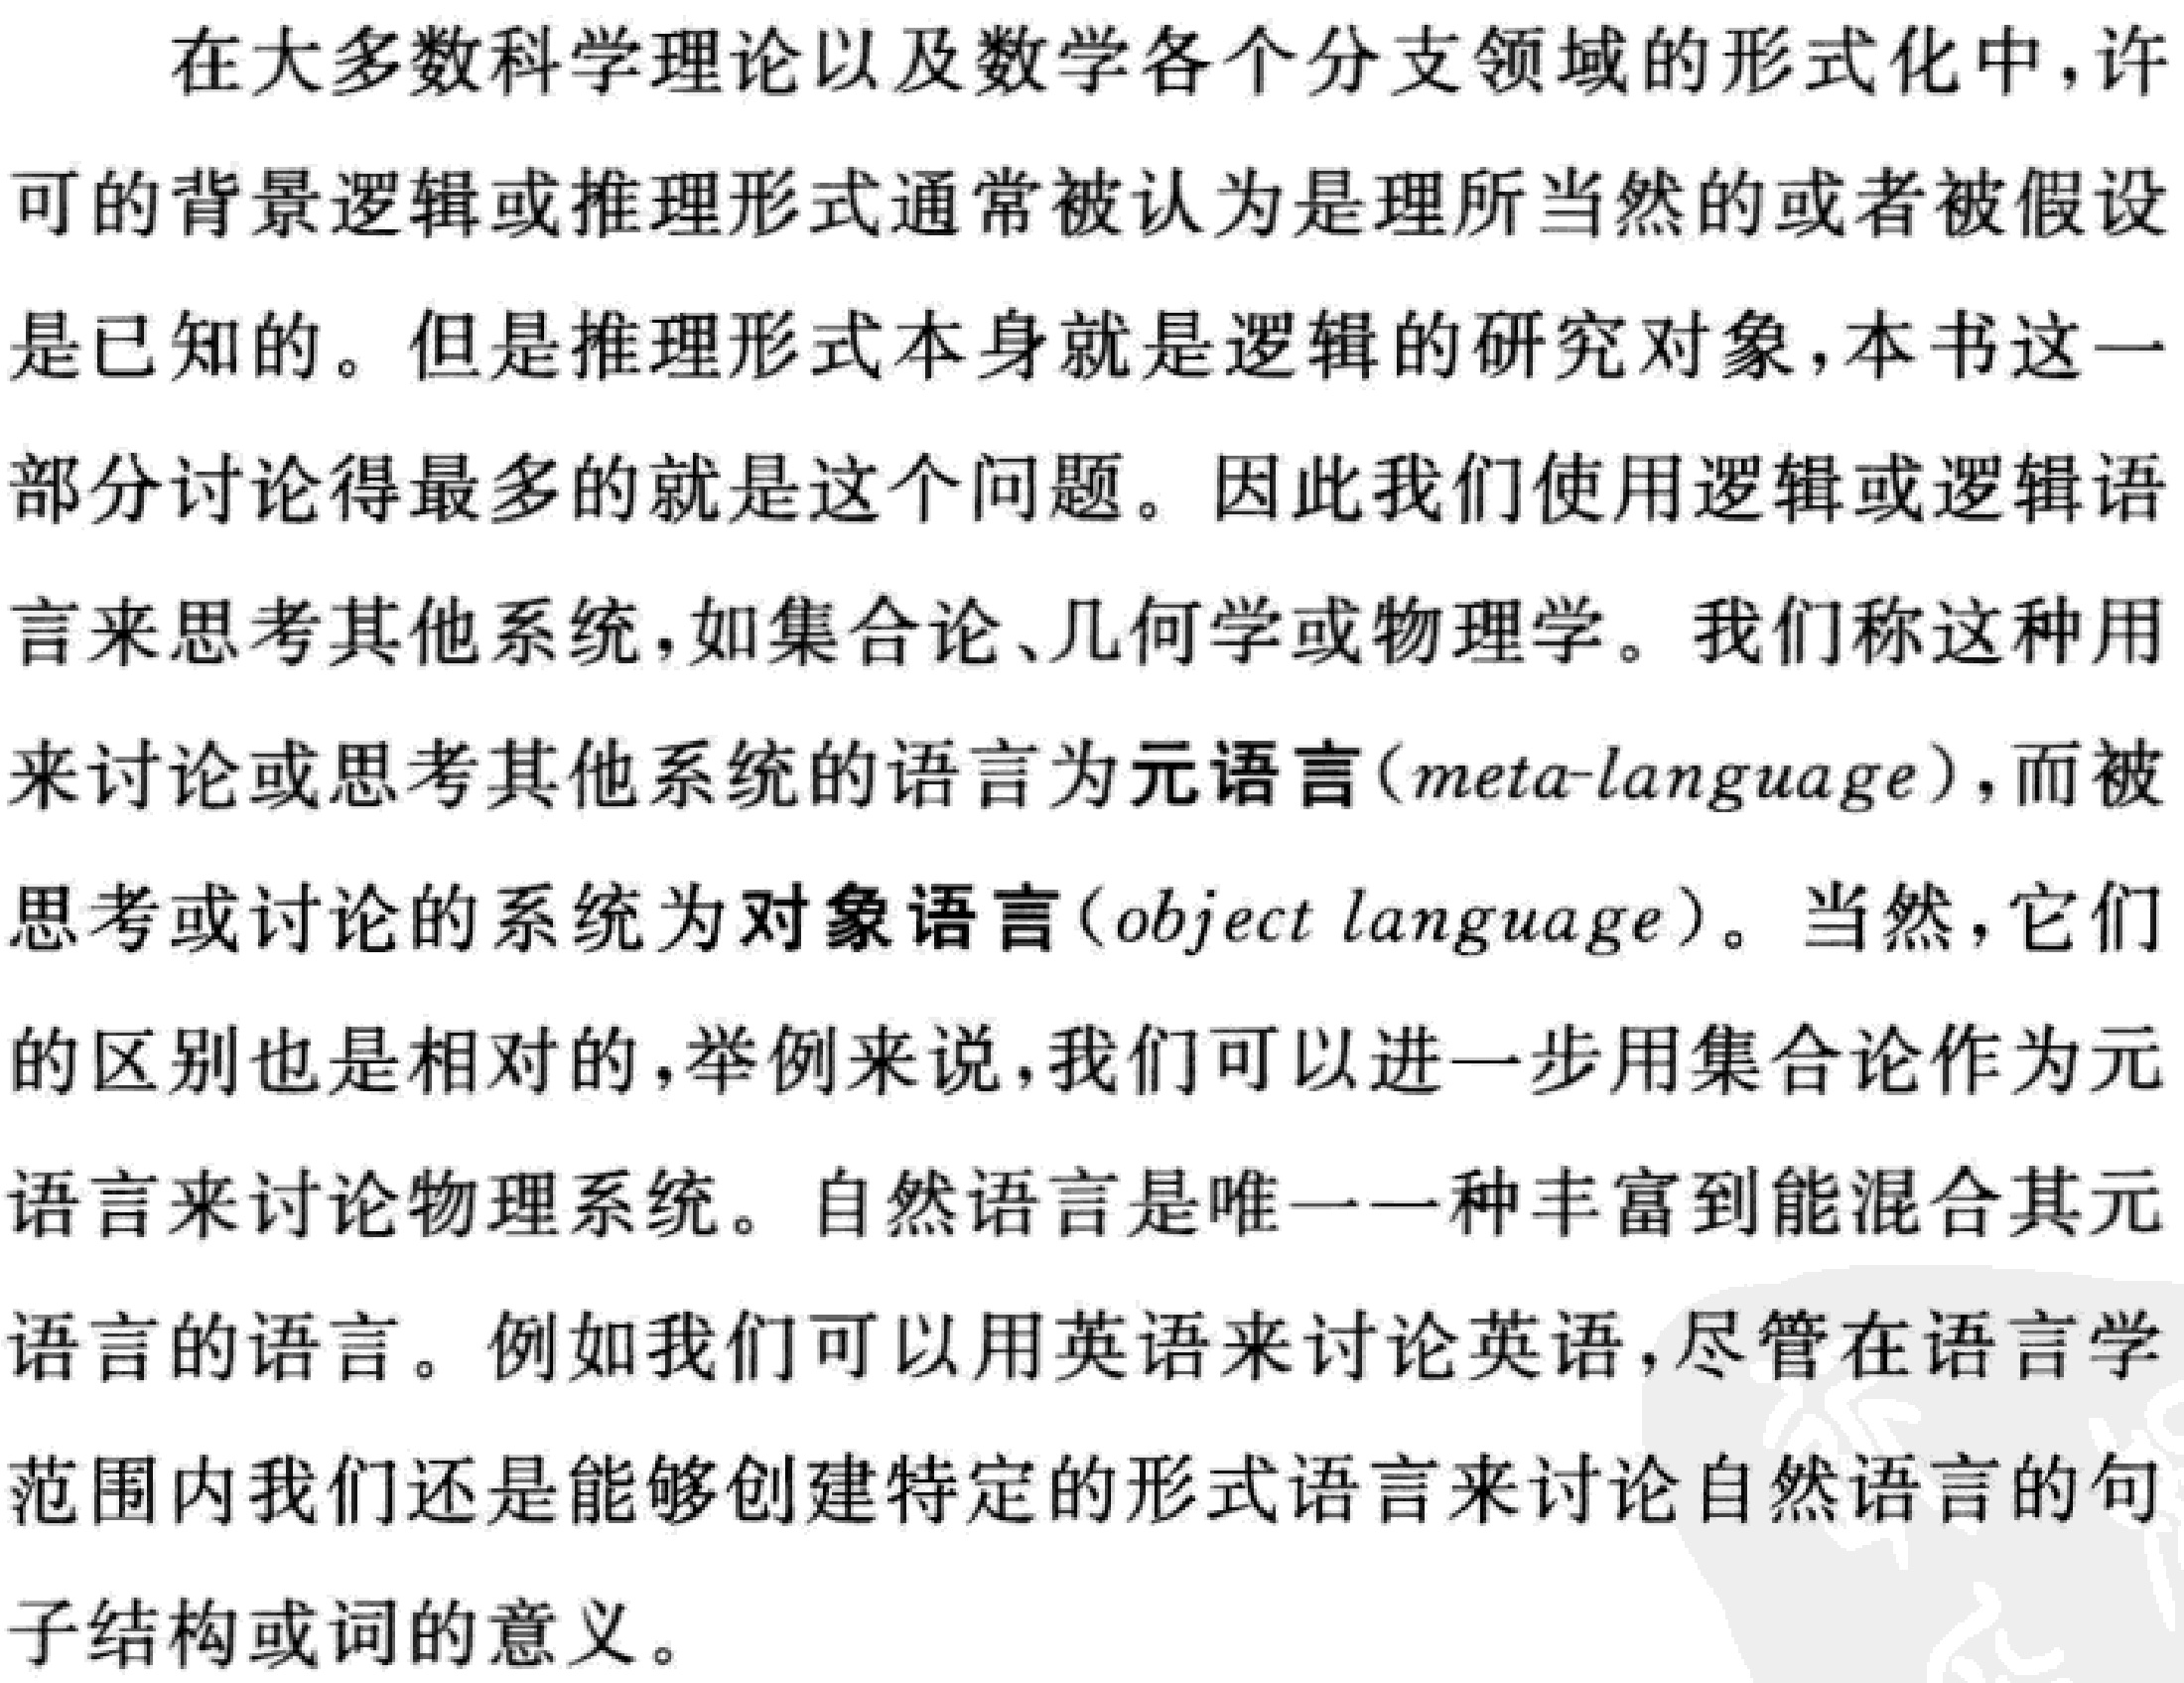
在大多数科学理论以及数学各个分支领域的形式化中, 许
可的背景逻辑或推理形式通常被认为是理所当然的或者被假设
是已知的。但是推理形式本身就是逻辑的研究对象, 本书这一
部分讨论得最多的就是这个问题。因此我们使用逻辑或逻辑语
言来思考其他系统, 如集合论、几何学或物理学。我们称这种用
来讨论或思考其他系统的语言为元语言(meta-language), 而被
思考或讨论的系统为对象语言(object language)。当然, 它们
的区别也是相对的, 举例来说, 我们可以进一步用集合论作为元
语言来讨论物理系统。自然语言是唯一一种丰富到能混合其元
语言的语言。例如我们可以用英语来讨论英语, 尽管在语言学
范围内我们还是能够创建特定的形式语言来讨论自然语言的句
子结构或词的意义。